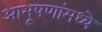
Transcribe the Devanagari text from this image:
आभूषणांमध्ये